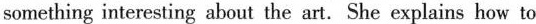
something interesting about the art.She explains how to